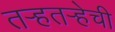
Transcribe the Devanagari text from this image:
तर्‍हतर्‍हेची